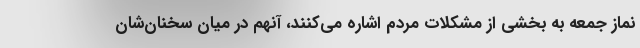
نماز جمعه به بخشی از مشکلات مردم اشاره می‌کنند، آنهم در میان سخنان‌شان